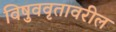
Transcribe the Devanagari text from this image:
विषुववृतावरील